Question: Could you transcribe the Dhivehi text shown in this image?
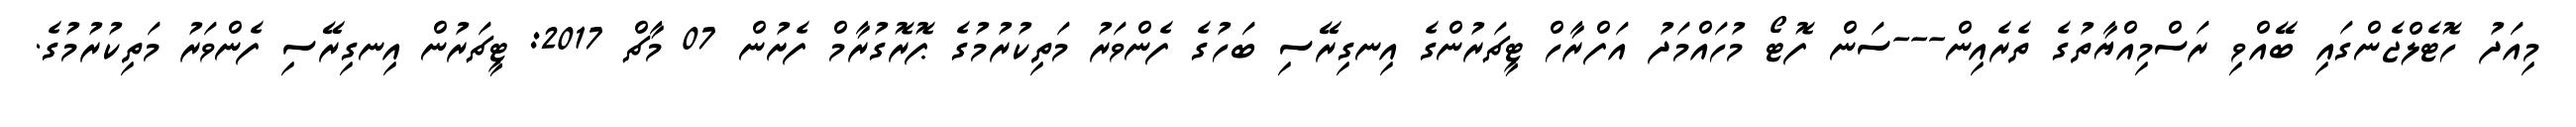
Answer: މިއަދު ހޮޓެލްޖެންގައި ބޭއްވި ރަސްމިއްޔާތުގެ ތެރެއިން---ސަން ފޮޓޯ މުހައްމަދު އަފްރާހް ޓީޗަރުންގެ އިނގިރޭސި ބަހުގެ ފެންވަރު މަތިކުރުމުގެ ޕޮރޮގުރާމް ފެށުން 07 މާޗް 2017: ޓީޗަރުން އިނގިރޭސި ފެންވަރު މަތިކުރުމުގެ.